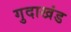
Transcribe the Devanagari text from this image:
गुदाखंड